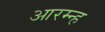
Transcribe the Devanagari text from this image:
आरम्न्ह